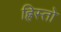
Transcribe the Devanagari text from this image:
ह्रिस्तो